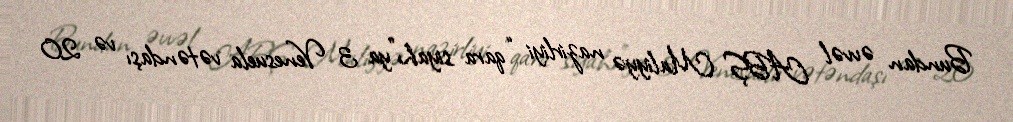
Bundan əvvəl ABŞ Maliyyə nazirliyi “qara siyahı”ya 3 Venesuela vətəndaşı və 20